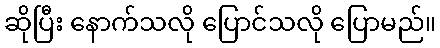
ဆိုပြီး နောက်သလို ပြောင်သလို ပြောမည်။